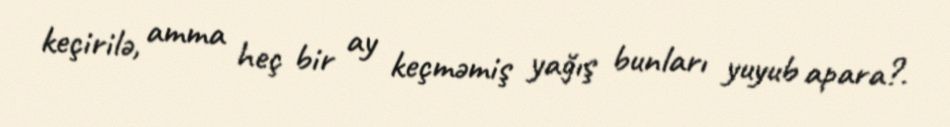
keçirilə, amma heç bir ay keçməmiş yağış bunları yuyub apara?.